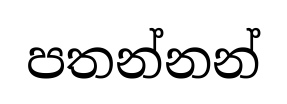
පතන්නන්